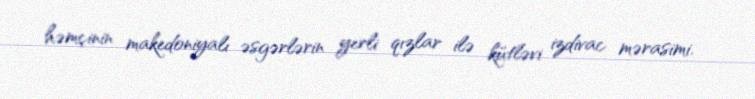
həmçinin makedoniyalı əsgərlərin yerli qızlar ilə kütləvi izdivac mərasimi.